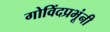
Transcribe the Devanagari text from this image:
गोविंदप्रभूंनी